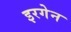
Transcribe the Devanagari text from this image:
इरगेन